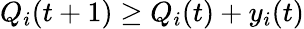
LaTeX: Q_{i}(t+1)\geq Q_{i}(t)+y_{i}(t)